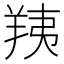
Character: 羠